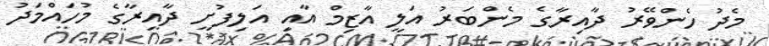
މެދު ހެންވޭރު ދާއިރާގެ މެންބަރު އަލީ އާޒިމް އާއި އަލިފުށީ ދާއިރާގެ މުހައްމަދު